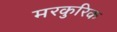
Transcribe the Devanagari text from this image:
मरकुरिक